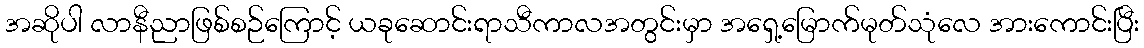
အဆိုပါ လာနီညာဖြစ်စဉ်ကြောင့် ယခုဆောင်းရာသီကာလအတွင်းမှာ အရှေ့မြောက်မုတ်သုံလေ အားကောင်းပြီး